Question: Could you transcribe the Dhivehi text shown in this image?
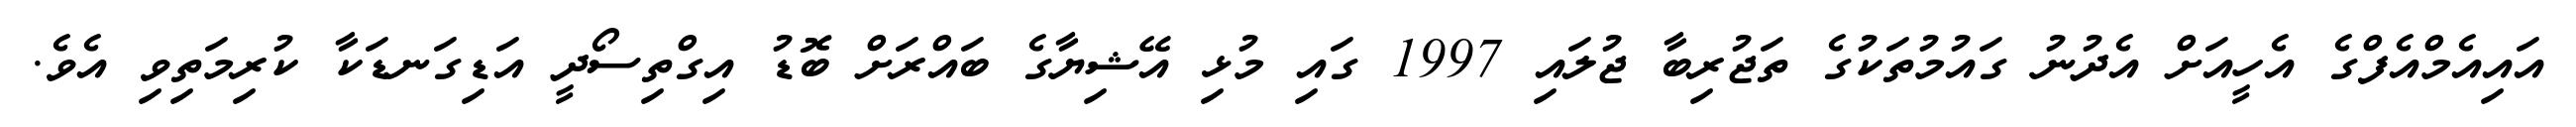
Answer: އައިއެމްއެފްގެ އެހީއަށް އެދުނު ގައުމުތަކުގެ ތަޖުރިބާ ޖުލައި 1997 ގައި މުޅި އޭޝިޔާގެ ބައްރަށް ބޮޑު އިގްތިސޯދީ އަޑިގަނޑަކާ ކުރިމަތިވި އެވެ.